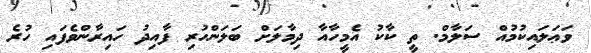
ވަޢަލައިކުމުއް ސަލާމް. ތީ ކާކު އެމީހާއާ ދިމާލަށް ބަލަންހުރި ފާއިދު ހައިރާންވެފައި ހުރެ